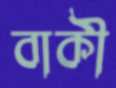
বাকী